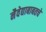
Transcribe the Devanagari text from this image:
नैवेद्याबाबतचे